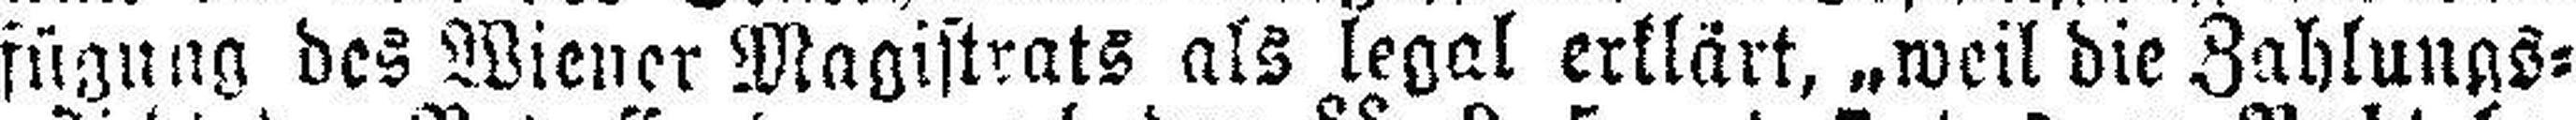
fügung des Wiener Magistrats als legal erklärt, „weil die Zahlungs¬